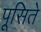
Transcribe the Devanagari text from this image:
पूसिते